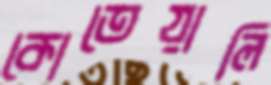
কোতেয়ালি